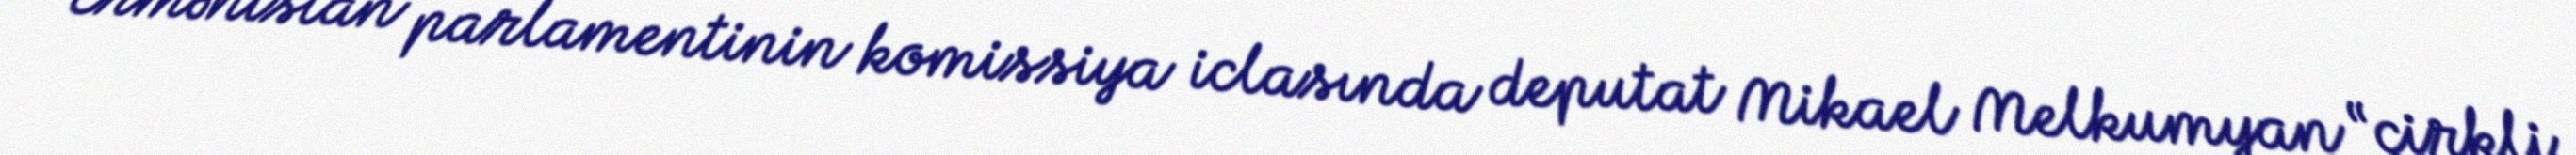
Ermənistan parlamentinin komissiya iclasında deputat Mikael Melkumyan “çirkli